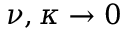
\nu , \kappa \to 0